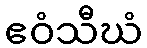
ဧဝံသီဃံ